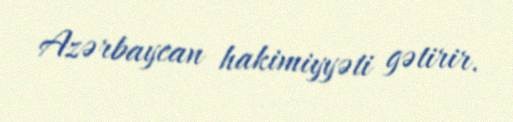
Azərbaycan hakimiyyəti gətirir.